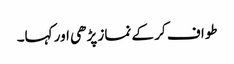
طواف کر کے نماز پڑھی اور کہا۔